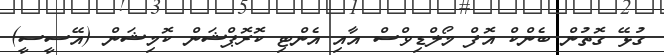
ގުޅޭ ގޮތުން ބެންކް އޮފް މޯލްޑިވްސް އާއި އެންޓި ކޮރޮޕްޝަން ކޮމިޝަން (އޭސީސީ)